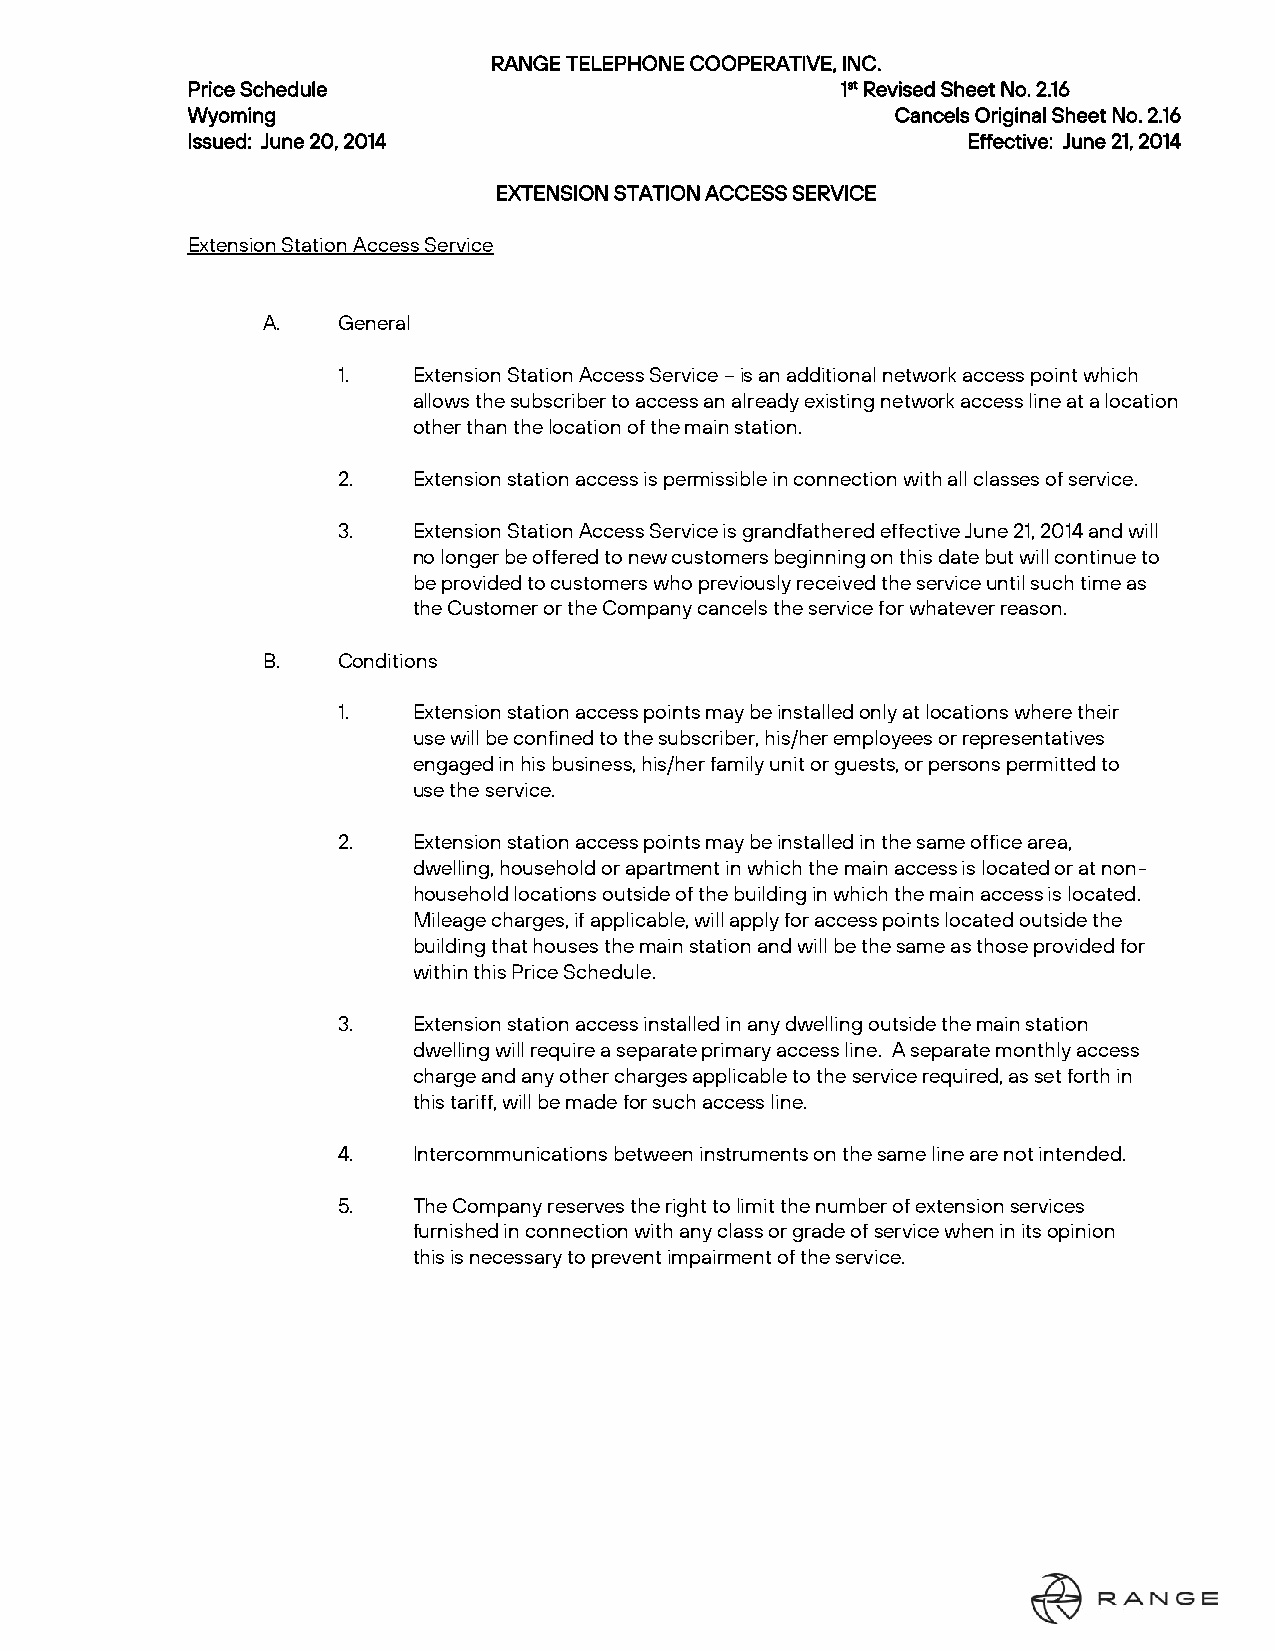
RANGE TELEPHONE COOPERATIVE, INC.
 Price Schedule                              1st Revised Sheet No. 2.16
 Wyoming                                        Cancels Original Sheet No. 2.16
 Issued: June 20, 2014                               Effective: June 21, 2014
 EXTENSION STATION ACCESS SERVICE
 Extension Station Access Service
 A.   General
 1.   Extension Station Access Service – is an additional network access point which
 allows the subscriber to access an already existing network access line at a location
 other than the location of the main station.
 2.   Extension station access is permissible in connection with all classes of service.
 3.   Extension Station Access Service is grandfathered effective June 21, 2014 and will
 no longer be offered to new customers beginning on this date but will continue to
 be provided to customers who previously received the service until such time as
 the Customer or the Company cancels the service for whatever reason.
 B.   Conditions
 1.   Extension station access points may be installed only at locations where their
 use will be confined to the subscriber, his/her employees or representatives
 engaged in his business, his/her family unit or guests, or persons permitted to
 use the service.
 2.   Extension station access points may be installed in the same office area,
 dwelling, household or apartment in which the main access is located or at non-
 household locations outside of the building in which the main access is located.
 Mileage charges, if applicable, will apply for access points located outside the
 building that houses the main station and will be the same as those provided for
 within this Price Schedule.
 3.   Extension station access installed in any dwelling outside the main station
 dwelling will require a separate primary access line. A separate monthly access
 charge and any other charges applicable to the service required, as set forth in
 this tariff, will be made for such access line.
 4.   Intercommunications between instruments on the same line are not intended.
 5.   The Company reserves the right to limit the number of extension services
 furnished in connection with any class or grade of service when in its opinion
 this is necessary to prevent impairment of the service.